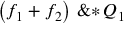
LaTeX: \left( \! \, { { f } _ { 1 } } + { { f } _ { 2 } } \, \! \right) \, \mathrm { \& * } \, { { Q } _ { 1 } }